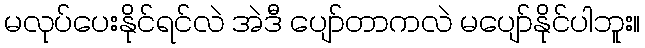
မလုပ်ပေးနိုင်ရင်လဲ အဲဒီ ပျော်တာကလဲ မပျော်နိုင်ပါဘူး။